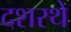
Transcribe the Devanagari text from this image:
दशरथे